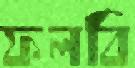
ফলবি